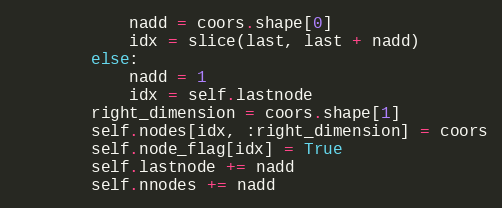
Language: Python
            nadd = coors.shape[0]
            idx = slice(last, last + nadd)
        else:
            nadd = 1
            idx = self.lastnode
        right_dimension = coors.shape[1]
        self.nodes[idx, :right_dimension] = coors
        self.node_flag[idx] = True
        self.lastnode += nadd
        self.nnodes += nadd